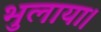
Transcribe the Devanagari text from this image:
भुलाया।